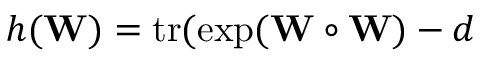
h ( { \bf W } ) = \operatorname { t r } ( \exp ( { \bf W } \circ { \bf W } ) - d